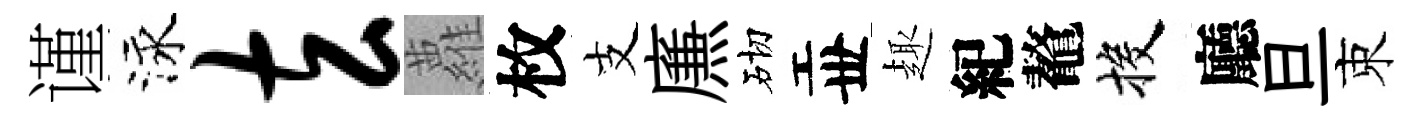
谨泳玄蘿枚支㢘砌丗趣紀鼇投廳旦束